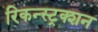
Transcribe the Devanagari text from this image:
रिकन्स्ट्रक्शन